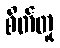
စိတ်တူ